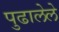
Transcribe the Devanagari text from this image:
पुढालेले